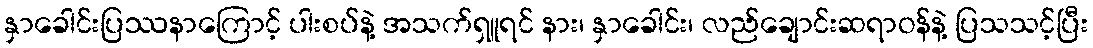
နှာခေါင်းပြဿနာကြောင့် ပါးစပ်နဲ့ အသက်ရှူရင် နား၊ နှာခေါင်း၊ လည်ချောင်းဆရာဝန်နဲ့ ပြသသင့်ပြီး